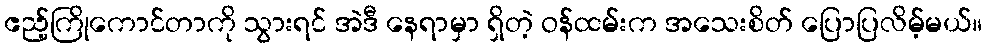
ဧည့်ကြိုကောင်တာကို သွားရင် အဲဒီ နေရာမှာ ရှိတဲ့ ဝန်ထမ်းက အသေးစိတ် ပြောပြလိမ့်မယ်။